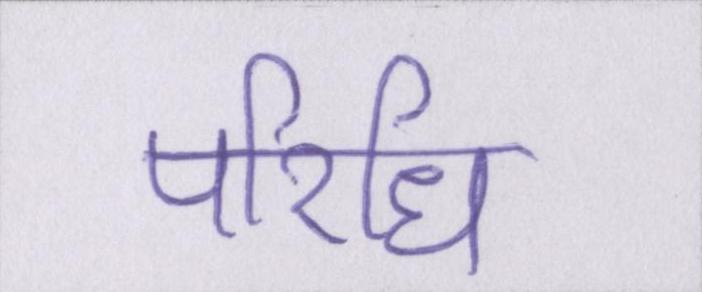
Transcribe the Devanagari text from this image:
परिधि